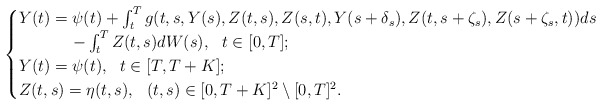
\begin{align*} \begin{cases} Y(t)=\psi(t) + \int_t^T g(t,s,Y(s),Z(t,s),Z(s,t),Y(s+\delta_{s}),Z(t,s+\zeta_{s}),Z(s+\zeta_{s},t)) ds \\ \ \ \ \ \ \ \ \ \ \ - \int_t^T Z(t,s) dW(s), \ \ t\in [0,T]; \\ Y(t)=\psi(t), \ \ t\in [T,T+K];\\Z(t,s)=\eta(t,s), \ \ (t,s)\in [0,T+K]^{2}\setminus [0,T]^{2}. \end{cases}\end{align*}